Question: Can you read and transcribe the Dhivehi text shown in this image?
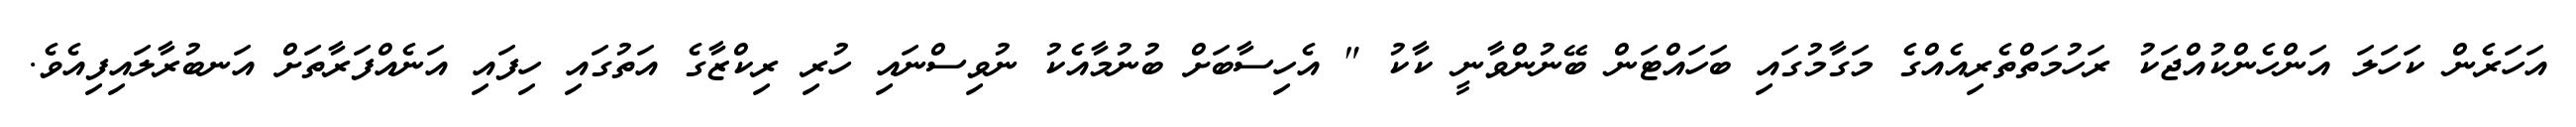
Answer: އަހަރެން ކަހަލަ އަންހެންކުއްޖަކު ރަހުމަތްތެރިއެއްގެ މަގާމުގައި ބަހައްޓަން ބޭނުންވާނީ ކާކު " އެހިސާބަށް ބުނުމާއެކު ނުވިސްނައި ހުރި ރިކްޒާގެ އަތުގައި ހިފައި އަނެއްފަރާތަށް އަނބުރާލައިފިއެވެ.